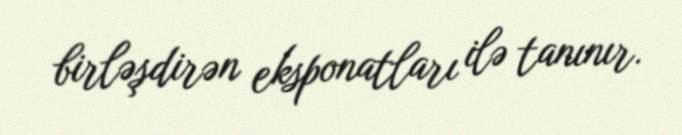
birləşdirən eksponatları ilə tanınır.